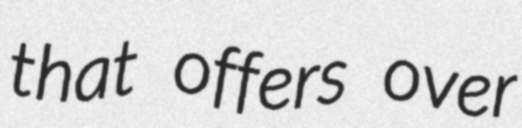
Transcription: that offers over